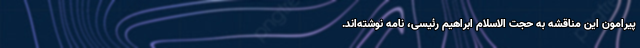
پیرامون این مناقشه به حجت الاسلام ابراهیم رئیسی، نامه نوشته‌اند.